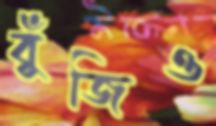
বুঁজিও